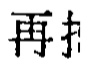
再打